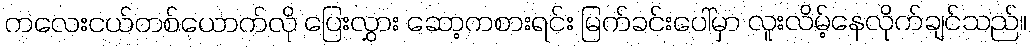
ကလေးငယ်တစ်ယောက်လို ပြေးလွှား ဆော့ကစားရင်း မြက်ခင်းပေါ်မှာ လူးလိမ့်နေလိုက်ချင်သည်။